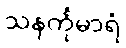
သနင်္ကုမာရံ